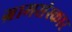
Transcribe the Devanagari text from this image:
ग्रामसंस्कार